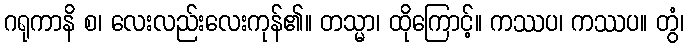
ဂရုကာနိ စ၊ လေးလည်းလေးကုန်၏။ တသ္မာ၊ ထိုကြောင့်။ ကဿပ၊ ကဿပ။ တွံ၊